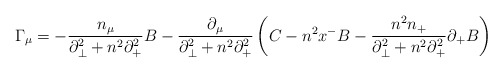
\begin{align*}{\Gamma}_{\mu}=-\frac{n_{\mu}}{{\partial}_{\bot}^2+n^2{\partial}_+^2}B-\frac{{\partial}_{\mu}}{{\partial}_{\bot}^2+n^2{\partial}_+^2}\left( C-n^2x^-B-\frac{n^2n_+}{{\partial}_{\bot}^2+n^2{\partial}_+^2}{\partial}_+B \right) \end{align*}